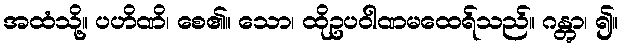
အထံသို့။ ပဟိဏိ၊ စေ၏။ သော၊ ထိုဥပဝါဏမထေရ်သည်။ ဂန္တွာ၊ ၍။